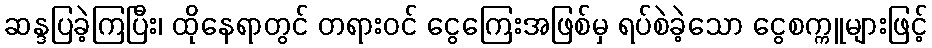
ဆန္ဒပြခဲ့ကြပြီး၊ ထိုနေရာတွင် တရားဝင် ငွေကြေးအဖြစ်မှ ရပ်စဲခဲ့သော ငွေစက္ကူများဖြင့်